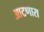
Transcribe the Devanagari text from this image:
आटणारा